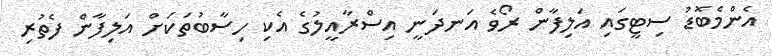
އެންމެބޮޑު ސިޓީގައި އަލިފާން ރޯވެ އަނދަނީ އިސްރާއީލުގެ އެކި ހިސާބުތަކަށް އަލިފާން ފެތުރި